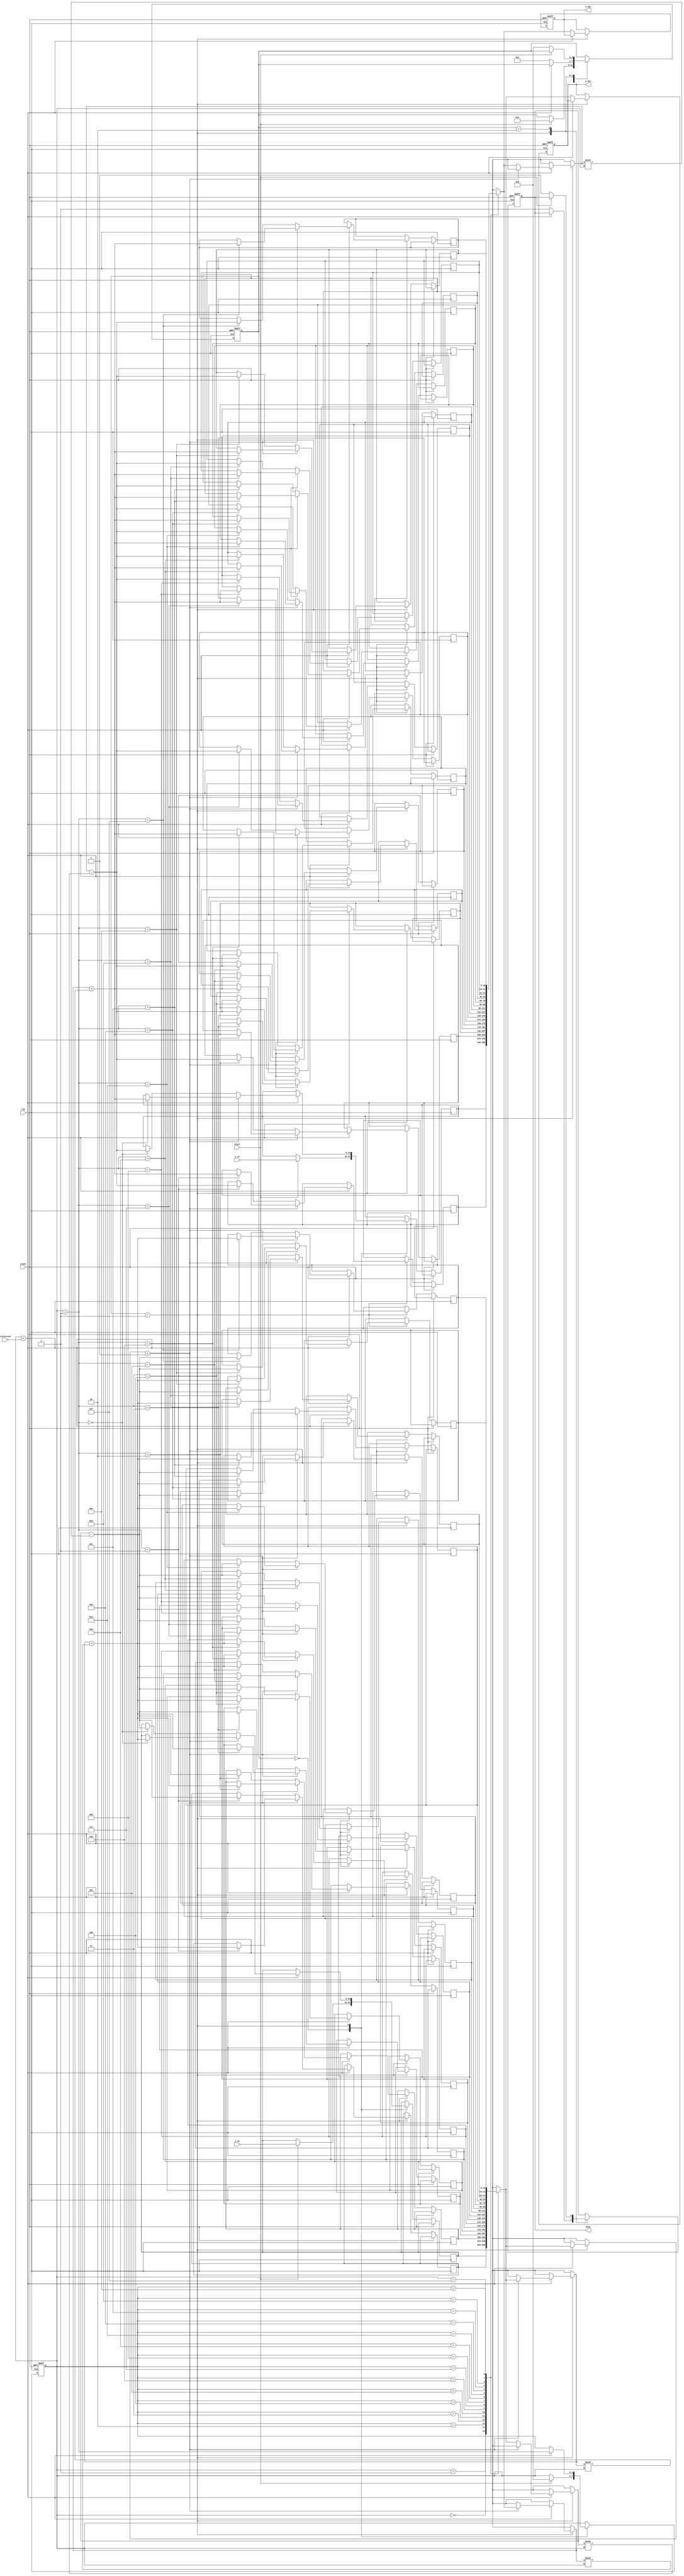
module adaptive_cordic (
    input wire clk,
    input wire reset,
    input wire start,
    input wire signed [15:0] x_in,
    input wire signed [15:0] y_in,
    input wire [3:0] iterations,  // Number of iterations requested
    output reg signed [15:0] x_out,
    output reg signed [15:0] y_out,
    output reg done
);

    reg signed [15:0] x [0:15];  // Array to hold x values during the iterations
    reg signed [15:0] y [0:15];  // Array to hold y values during the iterations
    reg [3:0] state;             // FSM state
    reg [3:0] i;                 // Counter for iterations
    reg [15:0] angle_lut [0:15]; // Look-up table for arctangent values

    // Initialize the angle look-up table
    initial begin
        angle_lut[0] = 16'd16384;   // atan(1) in Q15 format
        angle_lut[1] = 16'd13573;   // atan(1/2) in Q15 format
        angle_lut[2] = 16'd10745;   // atan(1/4) in Q15 format
        // ... fill in other values ...
        angle_lut[3] = 16'd8192;    // atan(1/8)
        // More values can be filled as required
    end

    // FSM to control the CORDIC process
    always @(posedge clk or posedge reset) begin
        if (reset) begin
            state <= 0;
            done <= 0;
            i <= 0;
            x_out <= 0;
            y_out <= 0;
        end else begin
            case (state)
                0: begin
                    if (start) begin
                        x[0] <= x_in; // Initialize
                        y[0] <= y_in;
                        state <= 1;   // Move to iteration state
                        i <= 0;
                    end
                end
                
                1: begin
                    if (i < iterations) begin
                        // Perform CORDIC rotation
                        if (y[i] < 0) begin
                            x[i + 1] <= x[i] + (y[i] >>> i);  // Right rotation
                            y[i + 1] <= y[i] + (x[i] >>> i);
                        end else begin
                            x[i + 1] <= x[i] - (y[i] >>> i);  // Left rotation
                            y[i + 1] <= y[i] - (x[i] >>> i);
                        end
                        i <= i + 1; // Increment iteration counter
                    end else begin
                        x_out <= x[i]; // Final result
                        y_out <= y[i];
                        done <= 1;     // Indicate done
                        state <= 2;    // Move to done state
                    end
                end
                
                2: begin
                    if (!start) begin
                        state <= 0;   // Wait for next start
                        done <= 0;    // Reset done flag
                    end
                end
            endcase
        end
    end
endmodule